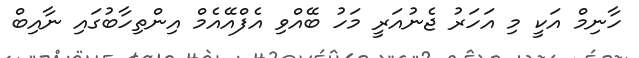
ހާނިމް އަކީ މި އަހަރު ޖެނުއަރީ މަހު ބޭއްވި އެފްއޭއެމް އިންތިހާބުގައި ނާއިބް